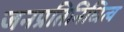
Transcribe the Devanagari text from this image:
जनप्रतिनिधित्व